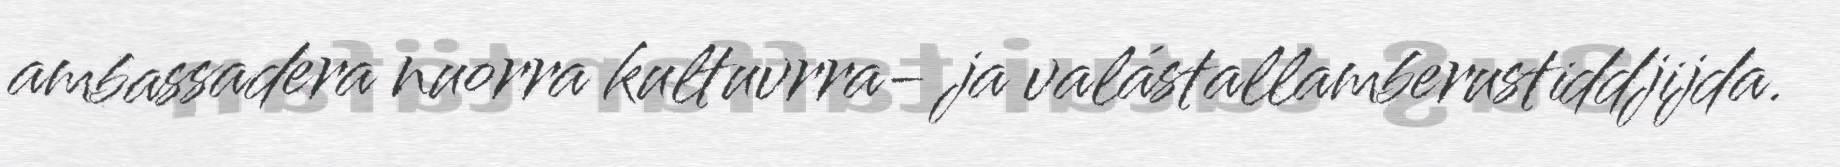
ambassadera nuorra kultuvrra- ja valástallamberustiddjijda.